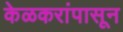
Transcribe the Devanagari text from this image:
केळकरांपासून